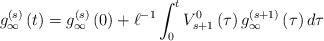
LaTeX: \begin{align*}g_\infty^{\left(s\right)}\left(t\right)=g_\infty^{\left(s\right)}\left(0\right)+\ell^{-1} \int_{0}^{t}V_{s+1}^{0}\left(\tau\right)g_\infty^{\left(s+1\right)} \left(\tau\right)d\tau\end{align*}